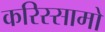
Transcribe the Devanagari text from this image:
करिस्सामो